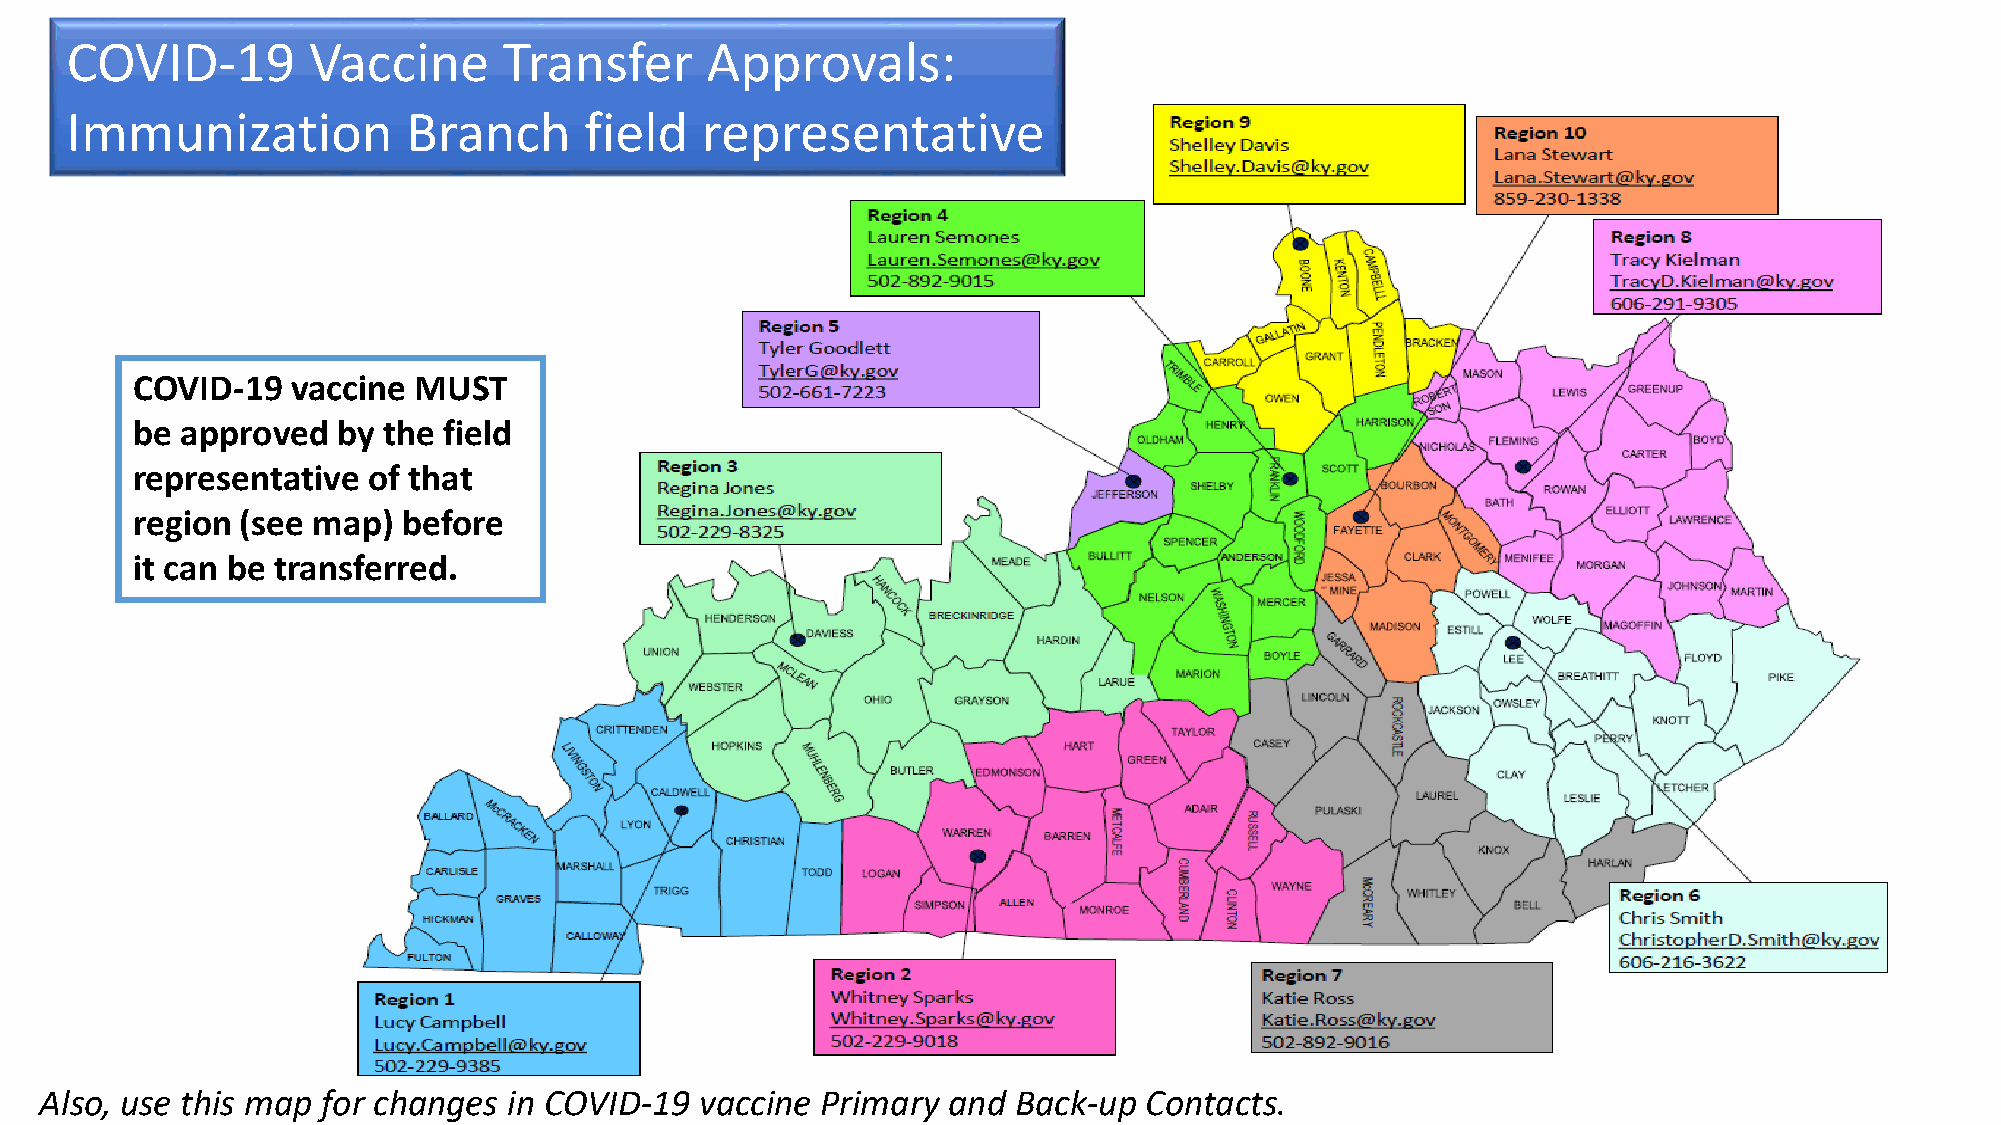
COVID-19        Vaccine      Transfer      Approvals:
 Immunization           Branch      field  representative
 COVID-19  vaccine MUST
 be approved  by the field
 representative of that
 region (see map)  before
 it can be transferred.
 2
 Also, use this map for changes in COVID-19 vaccine Primary  and Back-up  Contacts.